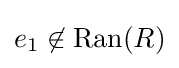
e_{1}\not \in \mathrm {Ran} (R)